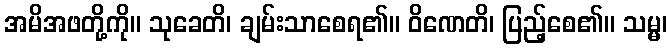
အမိအဖတို့ကို။ သုခေတိ၊ ချမ်းသာစေရ၏။ ဝိဏေတိ၊ ပြည့်စေ၏။ သမ္မ၊